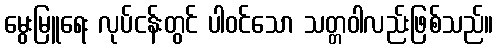
မွေးမြူရေး လုပ်ငန်းတွင် ပါဝင်သော သတ္တဝါလည်းဖြစ်သည်။